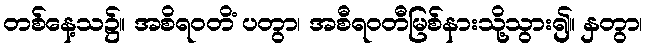
တစ်နေ့သ၌။ အစိရဝတိံ ပတွာ၊ အစီရဝတီမြစ်နားသို့သွား၍။ နှတွာ၊